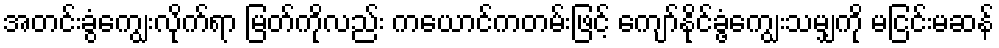
အတင်းခွံကျွေးလိုက်ရာ မြတ်ကိုလည်း ကယောင်ကတမ်းဖြင့် ကျော်နိုင်ခွံ့ကျွေးသမျှကို မငြင်းမဆန်